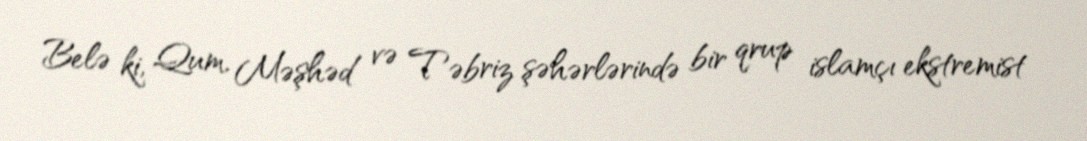
Belə ki, Qum, Məşhəd və Təbriz şəhərlərində bir qrup islamçı ekstremist